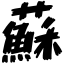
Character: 蘇